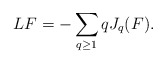
\begin{align*}LF = -\sum_{q \geq 1} q J_q(F).\end{align*}